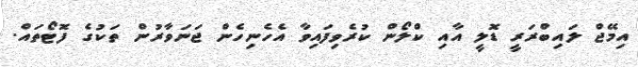
އިމޭޖް ލައިބްރަރީ ޑޮލީ އާއި ކްލޯން ކުރެވިފައިވާ އެހެނިހެން ޖަނަވާރުން ތަކުގެ ފޮޓޯތައް.